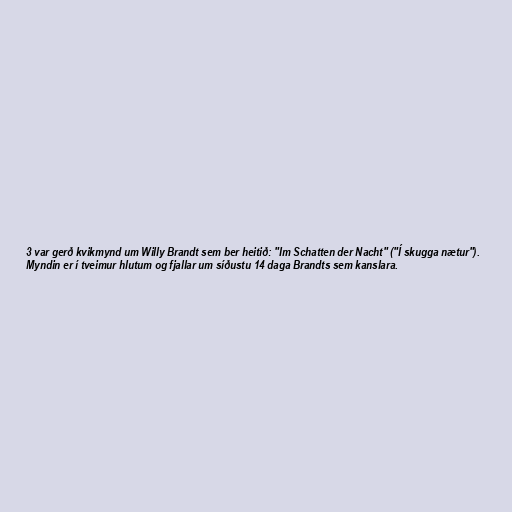
3 var gerð kvikmynd um Willy Brandt sem ber heitið: "Im Schatten der Nacht" ("Í skugga nætur").
Myndin er í tveimur hlutum og fjallar um síðustu 14 daga Brandts sem kanslara.